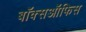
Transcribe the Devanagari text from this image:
बाॅक्सऑफिस